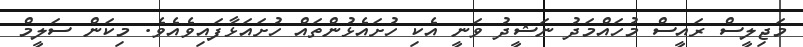
މަޖިލީސް ރައީސް މުހައްމަދު ނަޝީދު ވަނީ އެކި ހުށައެޅުންތައް ހުށައަޅާފައިވެއެވެ. މިކަން ސަލީމް